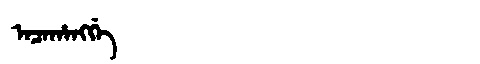
Manchu: ᠠᠴᠠᡥᠠᠩᡤᡝ
Romanization: ACAHANGGE